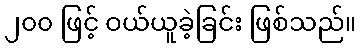
၂၀၀ ဖြင့် ဝယ်ယူခဲ့ခြင်း ဖြစ်သည်။